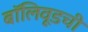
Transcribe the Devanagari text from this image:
बॉलिवूडची